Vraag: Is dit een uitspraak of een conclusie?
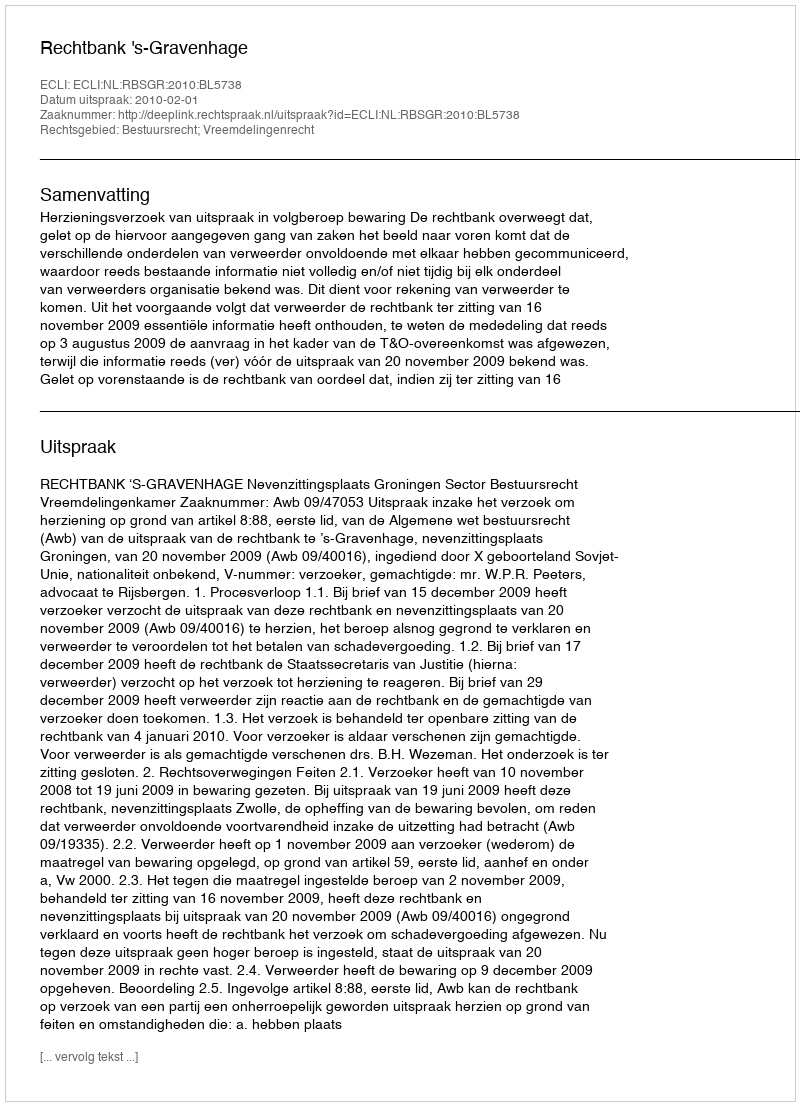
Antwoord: Uitspraak